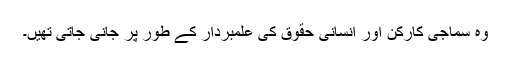
وہ سماجی کارکن اور انسانی حقوق کی علمبردار کے طور پر جانی جاتی تھیں۔